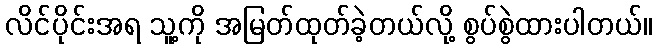
လိင်ပိုင်းအရ သူ့ကို အမြတ်ထုတ်ခဲ့တယ်လို့ စွပ်စွဲထားပါတယ်။